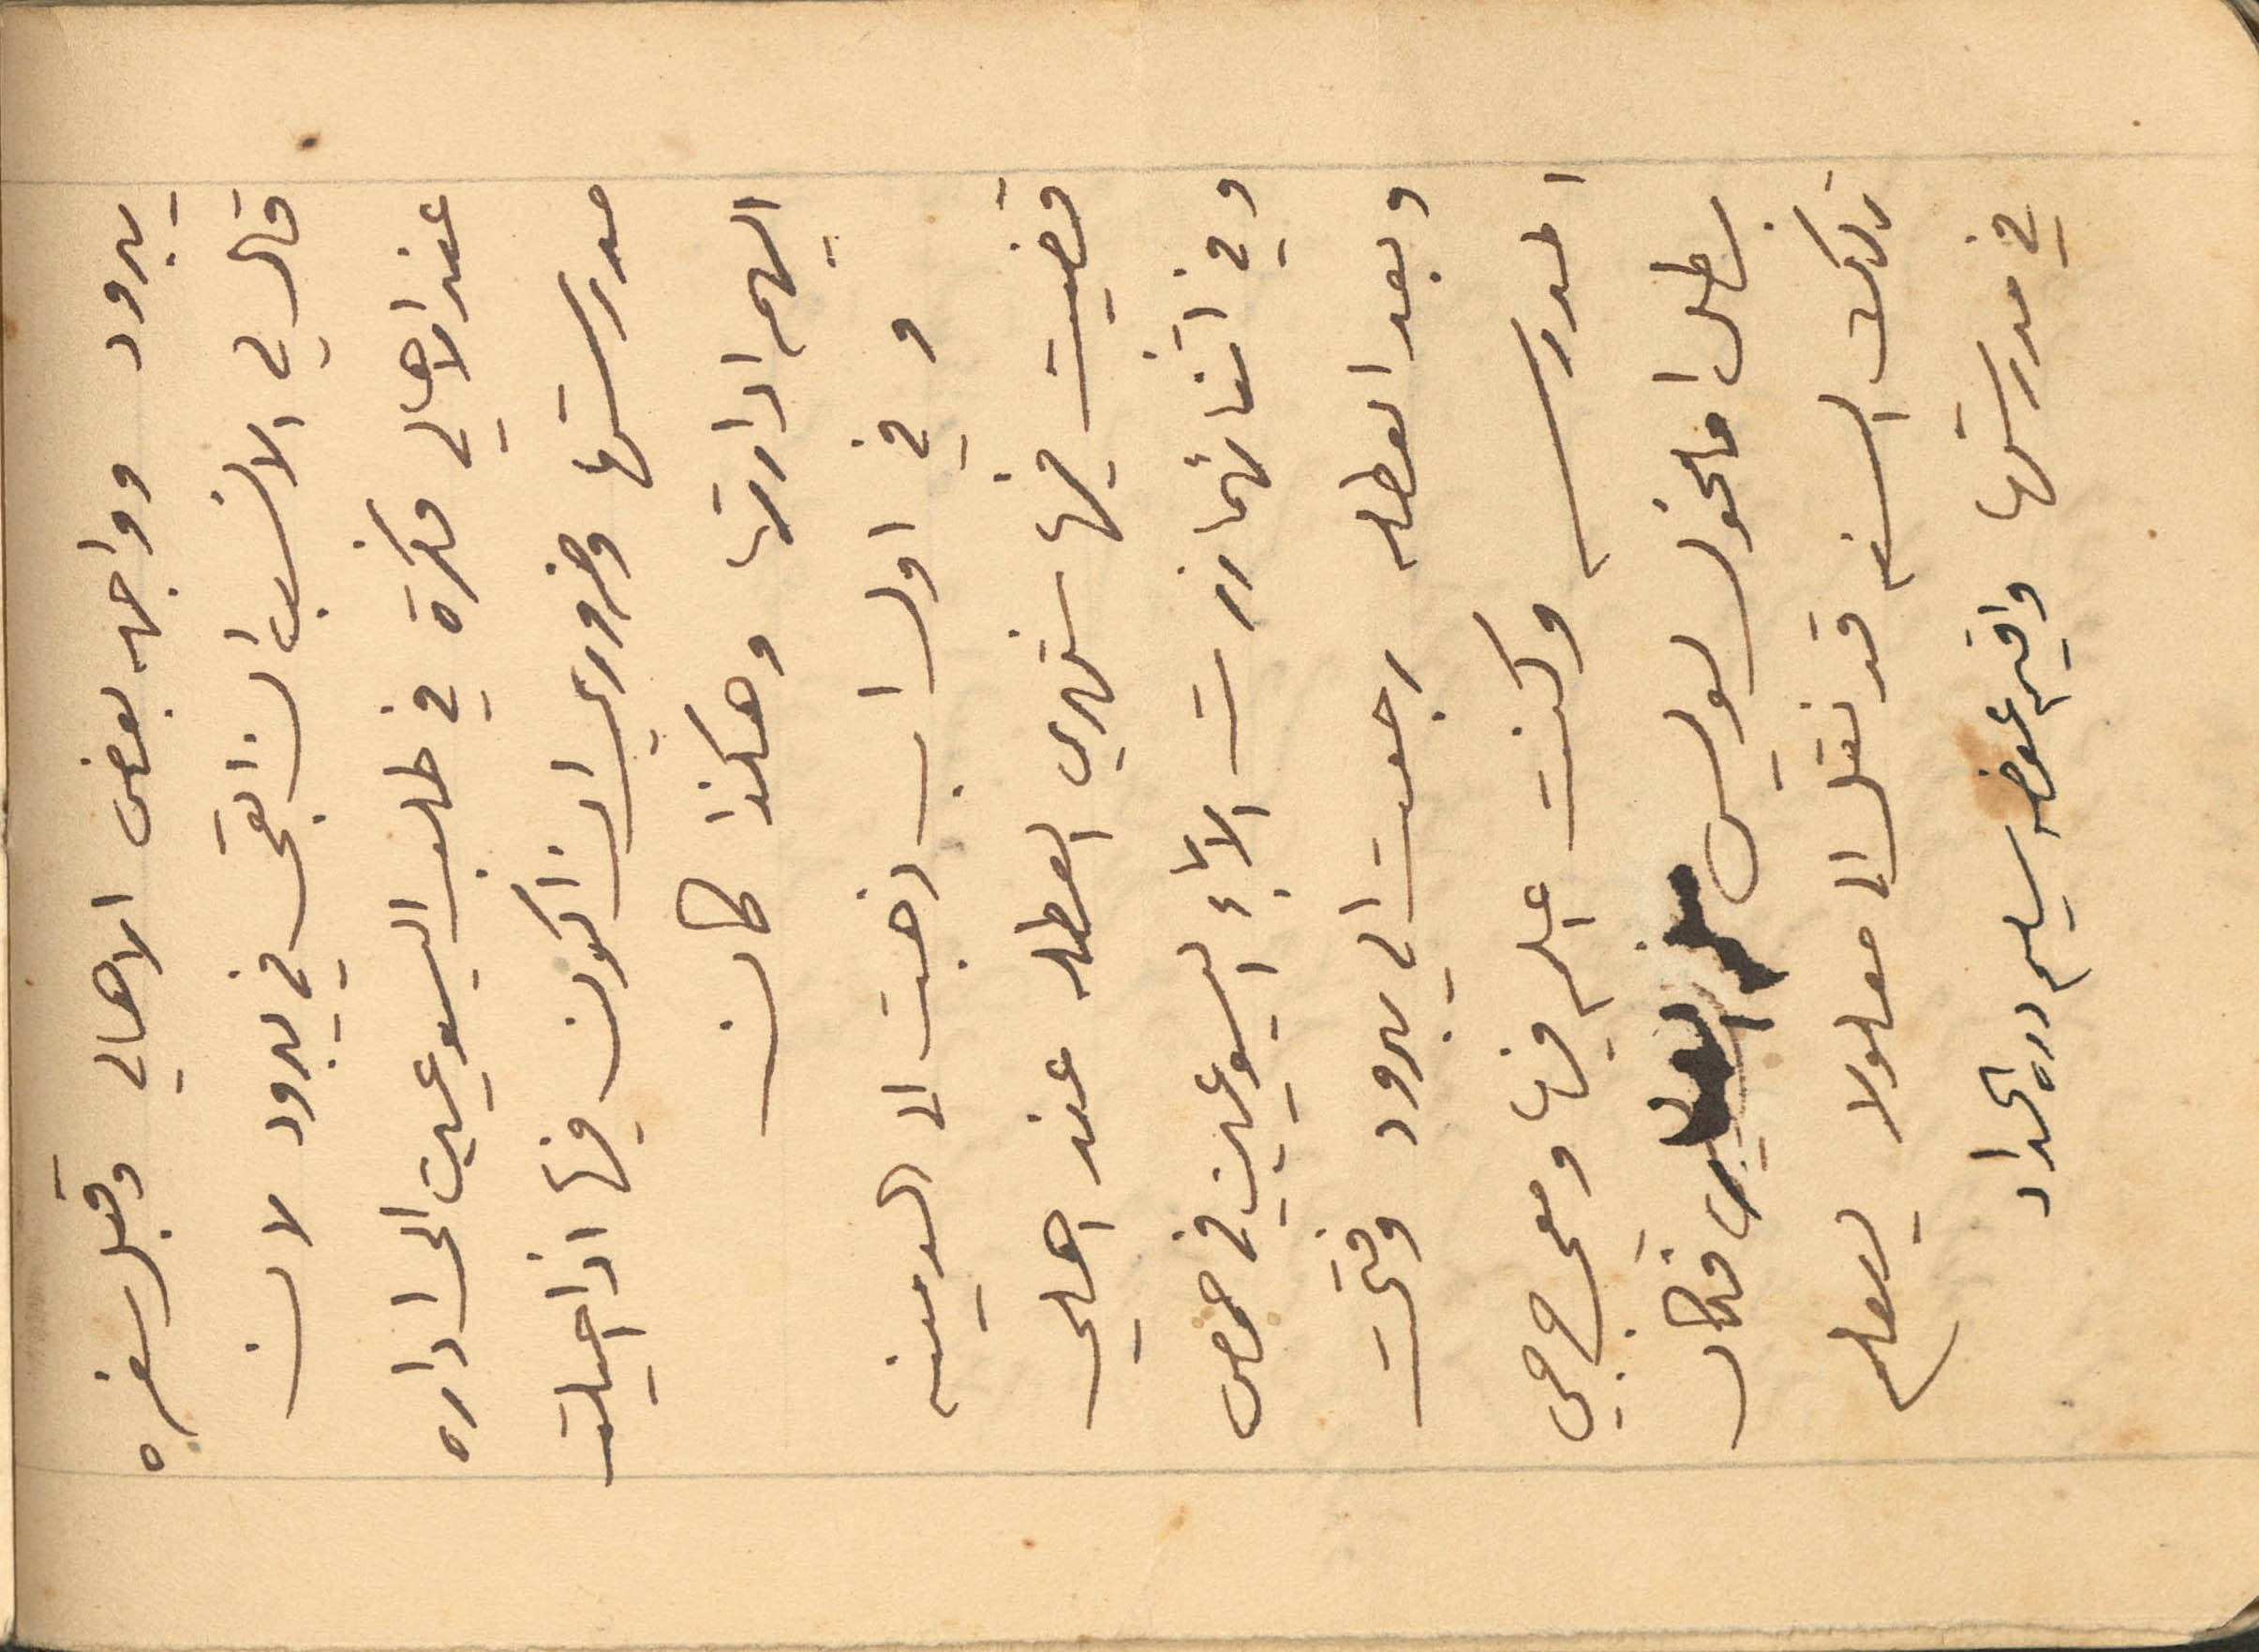
يبرود وواجهه بعض الاهالي وقبل سفره
قال لي الانسب ان ابقى في يبرود لان
عند الاهالي فكرة في طلب اليسوعيين الى ادارة
مدرستها وضروري ان اكون فيها اذا احيلت
اليهم ادارتها وهكذا كان
 وفي اول اب ذهبت الى الدمينه
قضيت فيها شهري العطله عن اهلي
وفي اثنائهما زرت الاباء اليسوعيين في حمص
وبعد العطله رجعت الى يبرود وفتحت
المدرسه وكنت اعلم فيها ومعي جرجي
بطل اما مخول لويس فكان
تلك السنه قد نقل الى معلولا ليعلم
في مدرستها واقيم عوضه سليم دره الحداد